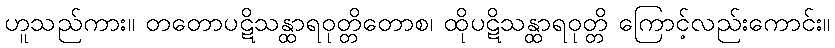
ဟူသည်ကား။ တတောပဋိသန္ထာရဝုတ္တိတောစ၊ ထိုပဋိသန္ထာရဝုတ္တိ ကြောင့်လည်းကောင်း။